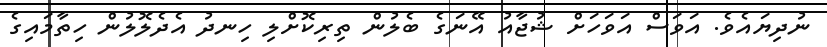
ނުދިޔައެވެ. އަވަސް އަވަހަށް ޝުޖާއު އޭނަގެ ބެލުން ތިރިކޮށްލި ހިނދު އެދެލޮލުން ހިތާމައިގެ